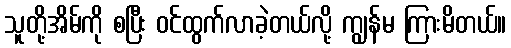
သူတို့အိမ်ကို စပြီး ဝင်ထွက်လာခဲ့တယ်လို့ ကျွန်မ ကြားမိတယ်။